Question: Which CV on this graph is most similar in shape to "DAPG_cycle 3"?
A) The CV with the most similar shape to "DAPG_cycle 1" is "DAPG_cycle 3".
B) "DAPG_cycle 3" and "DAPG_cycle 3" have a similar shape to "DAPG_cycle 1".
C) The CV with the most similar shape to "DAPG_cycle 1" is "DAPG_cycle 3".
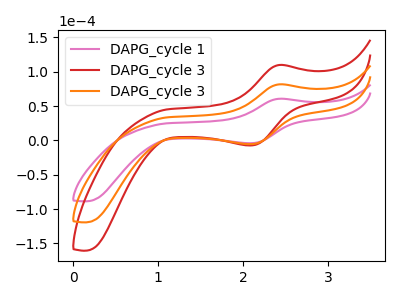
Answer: <think>The pink curve "DAPG_cycle 1" has an anodic peak at (2.40V, 60.70uA) and a cathodic peak at (2.10V, -4.05uA). The red curve "DAPG_cycle 3" has an anodic peak at (2.40V, 163.35uA) and a cathodic peak at (2.10V, -10.90uA). The orange curve "DAPG_cycle 3" has an anodic peak at (2.40V, 81.65uA) and a cathodic peak at (2.10V, -5.45uA).
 All the peaks in "DAPG_cycle 1" have a peak in "DAPG_cycle 3" at the same potential. Every peak in "DAPG_cycle 1" is lower than every peak in "DAPG_cycle 3". All the peaks in "DAPG_cycle 1" have a peak in "DAPG_cycle 3" at the same potential. Every peak in "DAPG_cycle 1" is lower than every peak in "DAPG_cycle 3". All the peaks in "DAPG_cycle 3" have a peak in "DAPG_cycle 3" at the same potential. Every peak in "DAPG_cycle 3" is higher than every peak in "DAPG_cycle 3".</think>
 <answer>B) "DAPG_cycle 3" and "DAPG_cycle 3" have a similar shape to "DAPG_cycle 1".</answer>
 <eval>B</eval>